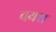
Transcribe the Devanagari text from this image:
वयश